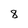
Character: 8